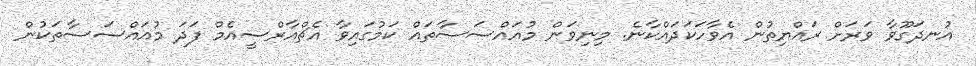
އުނދަގޫވާ ވަރަށް ރައްޔިތުން އެވާހަކަދައްކާނެ. މިނިވަން މުއައްސަސާތައް ކަމުގައިވާ އެޗްއާރްސީއެމް ފަދަ މުއައްސަސާތަކުން